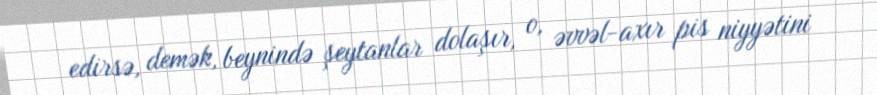
edirsə, demək, beynində şeytanlar dolaşır, o, əvvəl-axır pis niyyətini